Annual report of the Bengal Veterinary College and of the Civil Veterinary Department, Bengal, for the year 1917-18 - 1917-1918
Year: 1917
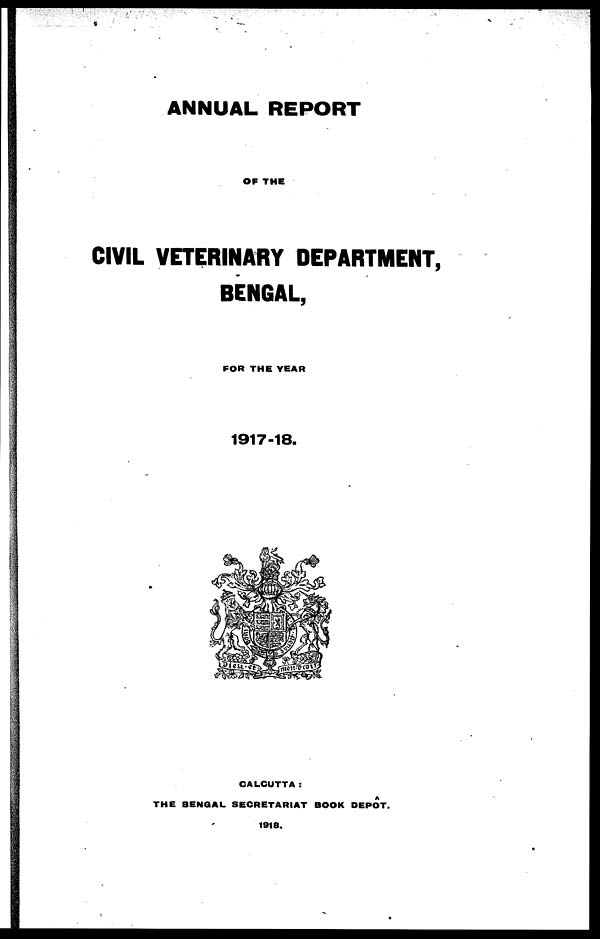
ANNUAL
REPORT
OF
THE
CIVIL VETERINARY
DEPARTMENT,
BENGAL,
FOR THE
YEAR
1917-18.
CALCUTTA :
THE
BENGAL
SECRETARIAT
BOOK
DEPOT.
1918.